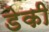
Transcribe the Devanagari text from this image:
डेकी